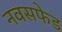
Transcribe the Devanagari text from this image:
नवसफेड